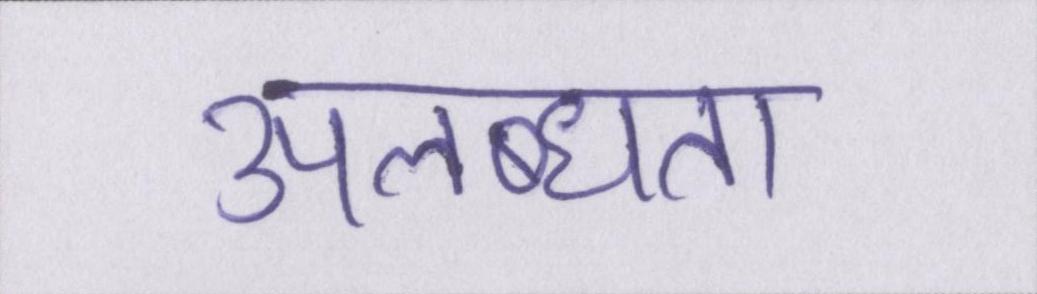
उपलब्धता